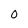
Character: 0